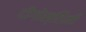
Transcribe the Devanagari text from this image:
दीगोस्तिनी